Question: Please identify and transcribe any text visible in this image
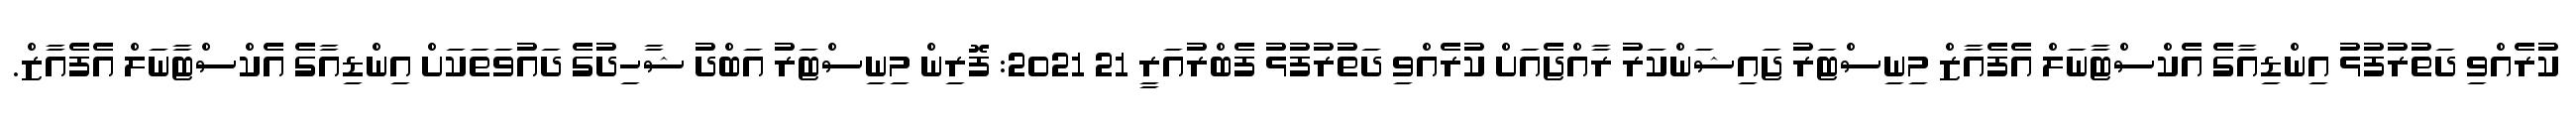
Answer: ކުރެއްވި ދަތުރުފުޅު އިންޑިއާގެ އެކްސްޓާނަލް އެފެއާޒް މިނިސްޓަރު ޖައިޝަންކަރު ރާއްޖެއަށް ކުރެއްވި ދަތުރުފުޅު ފެބްރުއަރީ 21 2021: ފޮރިން މިނިސްޓަރު އަބްދު ޝާހިދުގެ ދައުވަތަކަށް އިންޑިއާގެ އެކްސްޓާނަލް އެފެއާޒް.